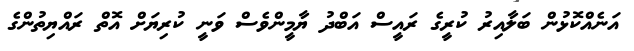
އަނެއްކޮޅުން ބަލާއިރު ކުރީގެ ރައީސް އަބްދު ޔާމީންވެސް ވަނީ ކުރިޔަށް އޮތް ރައްޔިތުންގެ